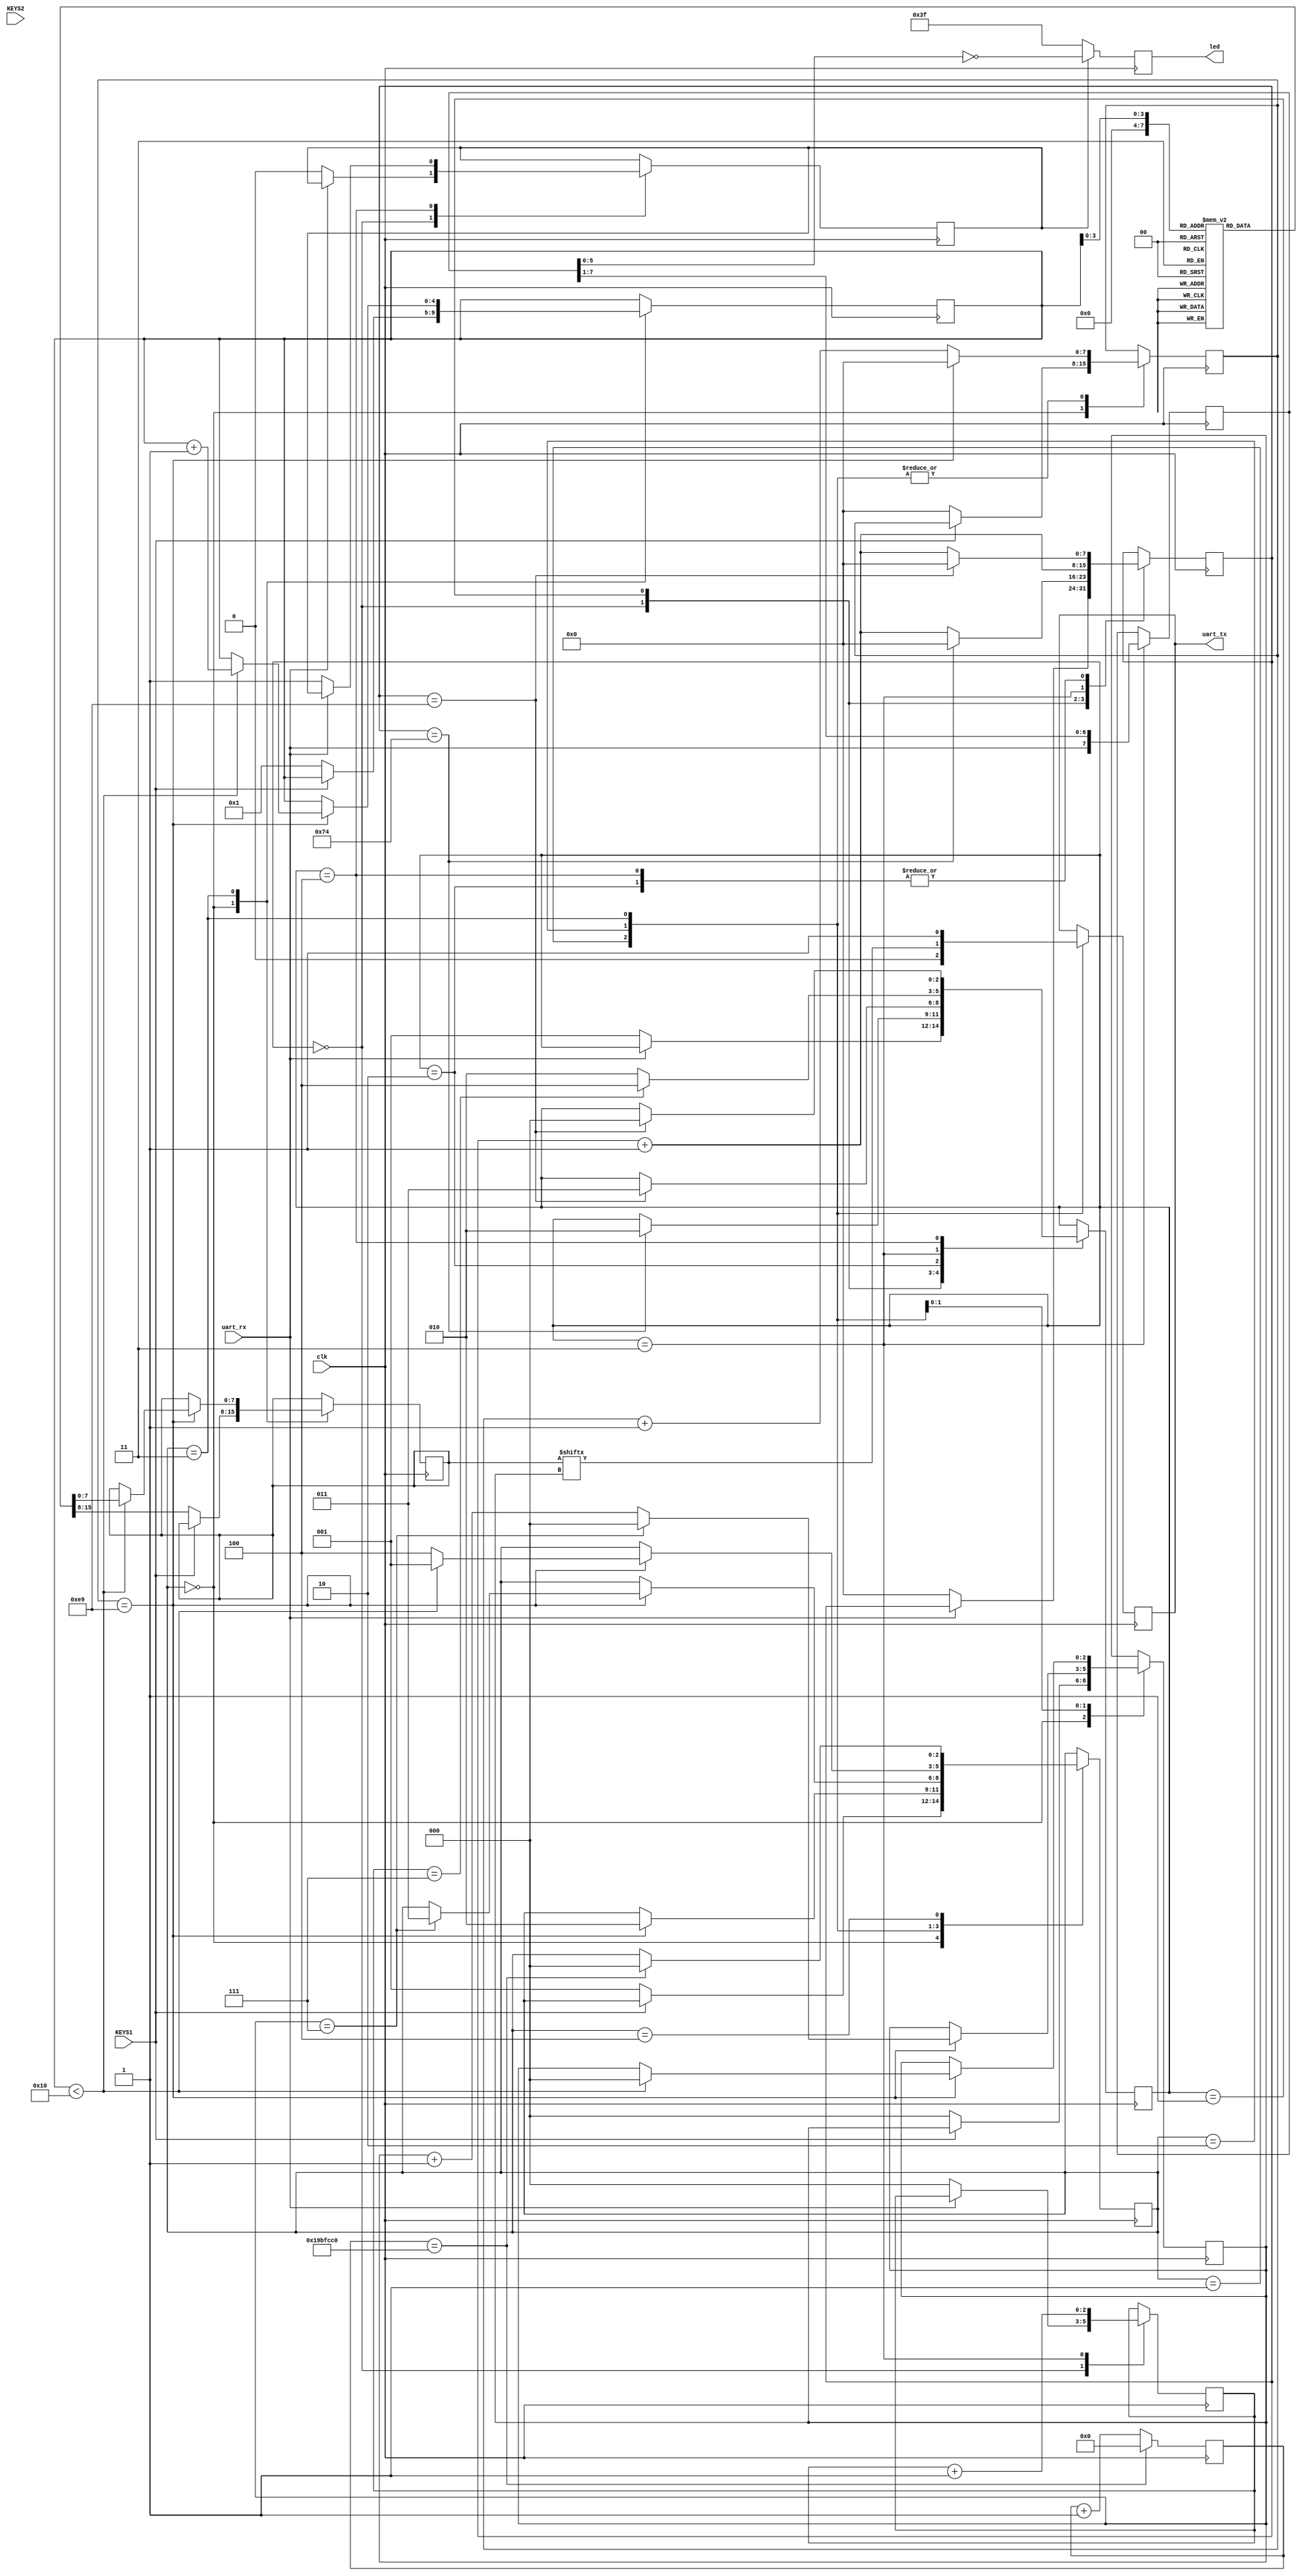
module uart (
        input      clk,
        input uart_rx,
        output uart_tx,
        output reg [5:0]led,
        input KEYS1, KEYS2
    );

    parameter BAUDRATE_CNT = 27_000_000/115200;
    localparam  HALF_BAUD_CNT = BAUDRATE_CNT/2;

    //****************************************************
    //                     CLK counter
    //****************************************************

    localparam CLK_FREQ = 27_000_000;
    reg [$clog2(CLK_FREQ+1)-1:0] clk_counter=0;

    always @(posedge clk ) begin
        if (clk_counter==CLK_FREQ) begin
            clk_counter<=0;
        end
        else
            clk_counter<=clk_counter+1'b1;
    end




    localparam  RX_STATE_IDLE = 0;
    localparam  RX_STATE_START = 1;
    localparam  RX_STATE_WAIT_READ = 2;
    localparam  RX_STATE_READ = 3;
    localparam  RX_STATE_STOP = 4;

    reg [2:0] state=0;

    reg [$clog2(BAUDRATE_CNT+1)-1:0] baud_cnt=0;
    reg [2:0]bit_number=0;

    reg [7:0] recv_btye=0;

    reg byte_ok=0;

    always @(posedge clk ) begin
        case (state)
            RX_STATE_IDLE: begin
                if (~uart_rx) begin
                    state<=RX_STATE_START;
                    baud_cnt<=0;
                    byte_ok<=0;
                    bit_number<=0;
                end
            end
            RX_STATE_START: begin
                baud_cnt<=baud_cnt+1'b1;
                if (baud_cnt==HALF_BAUD_CNT-1) begin
                    baud_cnt<=0;
                    state<=RX_STATE_WAIT_READ;
                end
            end
            RX_STATE_WAIT_READ: begin
                baud_cnt<=baud_cnt+1'b1;
                if (baud_cnt == BAUDRATE_CNT-1) begin
                    state<=RX_STATE_READ;
                    baud_cnt<=0;
                end
            end

            RX_STATE_READ: begin
                baud_cnt<=baud_cnt+1'b1;
                recv_btye<={uart_rx,recv_btye[7:1]};
                state<=RX_STATE_WAIT_READ;
                bit_number<=bit_number+1'b1;
                if (bit_number==3'b111) begin
                    state<=RX_STATE_STOP;
                end
            end

            RX_STATE_STOP: begin
                baud_cnt<=baud_cnt+1'b1;
                if (baud_cnt==BAUDRATE_CNT-1) begin
                    state<=RX_STATE_IDLE;
                    baud_cnt<=0;
                end
                if (~uart_rx) begin
                    byte_ok<=1'b1;
                end
            end

        endcase
    end

    always @(posedge clk ) begin
        if (byte_ok) begin
            led<=~recv_btye[5:0];
        end
        else begin
            led<=6'b111111;
        end
    end

    //****************************************************
    //                     TX
    //****************************************************

    reg tx_reg=1;
    assign  uart_tx = tx_reg;

    localparam TX_MEM_LEN = 16;
    reg [7:0] tx_memory[TX_MEM_LEN-1:0];

    initial begin
        tx_memory[0]="H";
        tx_memory[1]="e";
        tx_memory[2]="l";
        tx_memory[3]="l";
        tx_memory[4]="o";
        tx_memory[5]=",";
        tx_memory[6]="x";
        tx_memory[7]="i";
        tx_memory[8]="a";
        tx_memory[9]="o";
        tx_memory[10]="t";
        tx_memory[11]="i";
        tx_memory[12]="a";
        tx_memory[13]="n";
        tx_memory[14]="!";
        tx_memory[15]="\n";
    end

    reg [$clog2(TX_MEM_LEN+1)-1:0] tx_mem_order=0;

    localparam TX_STATE_IDLE = 0;
    localparam TX_STATE_START = 1;
    localparam TX_STATE_SEND_BIT = 2;
    localparam TX_STATE_STOP = 3;
    localparam TX_STATE_DEBOUNCE =4;

    reg [7:0] tx_byte;
    reg [2:0] tx_bit_cnt;
    reg [$clog2(BAUDRATE_CNT+1)-1:0] tx_baud_cnt=0;
    reg [2:0] tx_state=0;

    always @(posedge clk ) begin
        case (tx_state)
            TX_STATE_IDLE: begin
                if (~KEYS1) begin       //
                    tx_bit_cnt<=0;
                    tx_baud_cnt<=0;
                    tx_mem_order<=1;
                    tx_byte<=tx_memory[0];
                    tx_state<=TX_STATE_START;
                end
            end
            TX_STATE_START: begin
                tx_reg<=1'b0;
                tx_baud_cnt<=tx_baud_cnt+1'b1;

                if (tx_baud_cnt==BAUDRATE_CNT-1) begin
                    tx_state<=TX_STATE_SEND_BIT;
                    tx_baud_cnt<=0;
                end
            end
            TX_STATE_SEND_BIT: begin
                tx_reg<=tx_byte[tx_bit_cnt];        //
                tx_baud_cnt<=tx_baud_cnt+1'b1;

                if (tx_baud_cnt==BAUDRATE_CNT-1) begin
                    tx_baud_cnt<=0;
                    tx_bit_cnt<=tx_bit_cnt+1'b1;

                    if (tx_bit_cnt==3'b111) begin       //7
                        tx_state<=TX_STATE_STOP;
                        tx_bit_cnt<=0;
                    end
                end
            end
            TX_STATE_STOP: begin
                tx_reg<=1'b1;
                tx_baud_cnt<=tx_baud_cnt+1'b1;

                if (tx_baud_cnt==BAUDRATE_CNT-1) begin
                    tx_baud_cnt<=0;

                    if (tx_mem_order<TX_MEM_LEN) begin      //
                        tx_mem_order<=tx_mem_order+1'b1;
                        tx_byte<=tx_memory[tx_mem_order];
                        tx_state<=TX_STATE_START;
                        tx_bit_cnt<=0;
                    end
                    else begin
                        tx_state<=TX_STATE_DEBOUNCE;
                    end
                end
            end
            TX_STATE_DEBOUNCE: begin            //
                if (clk_counter==CLK_FREQ) begin
                    tx_state<=TX_STATE_IDLE;
                end
            end
        endcase
    end


endmodule //uart